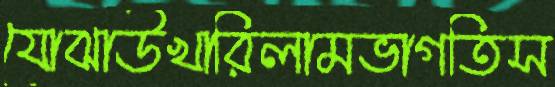
যোঝাউখারিলামভাগতিস